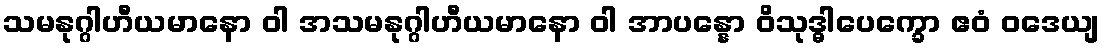
သမနုဂ္ဂါဟီယမာနော ဝါ အသမနုဂ္ဂါဟီယမာနော ဝါ အာပန္နော ဝိသုဒ္ဓါပေက္ခော ဧဝံ ဝဒေယျ